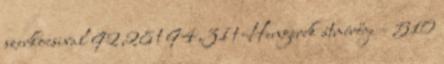
szerkocsival 92,28 t 94,31 t Hengerek átmérője – 510